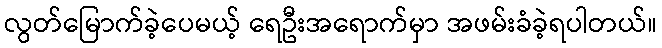
လွတ်မြောက်ခဲ့ပေမယ့် ရေဦးအရောက်မှာ အဖမ်းခံခဲ့ရပါတယ်။